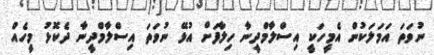
ނުވަތަ އަމަލަކުން އެމީހަކީ އިސްލާމްދީނާ ހިލާފަށް އުޅޭ ނުވަތަ އިސްލާމްދީނާ ދެކޮޅު މީހެއް